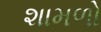
શામળો